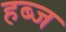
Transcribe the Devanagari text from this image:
हब्ज